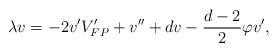
\begin{align*}\lambda v=-2v'V_{FP}'+v''+dv-\frac{d-2}{2}\varphi v',\end{align*}